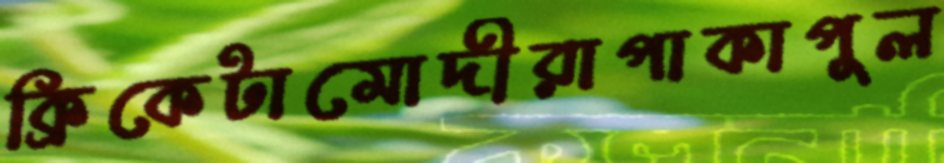
ক্রিকেটামোদীরাপাকাপুল